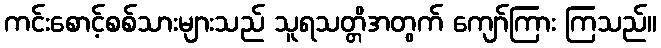
ကင်းစောင့်စစ်သားများသည် သူရသတ္တိအတွက် ကျော်ကြား ကြသည်။